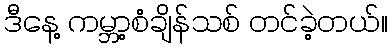
ဒီနေ့ ကမ္ဘာ့စံချိန်သစ် တင်ခဲ့တယ်။